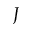
J